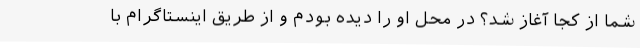
شما از کجا آغاز شد؟ در محل او را دیده بودم و از طریق اینستاگرام با